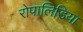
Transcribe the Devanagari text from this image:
रोपालिडिया